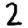
Digit: 2